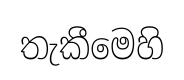
තැකීමෙහි